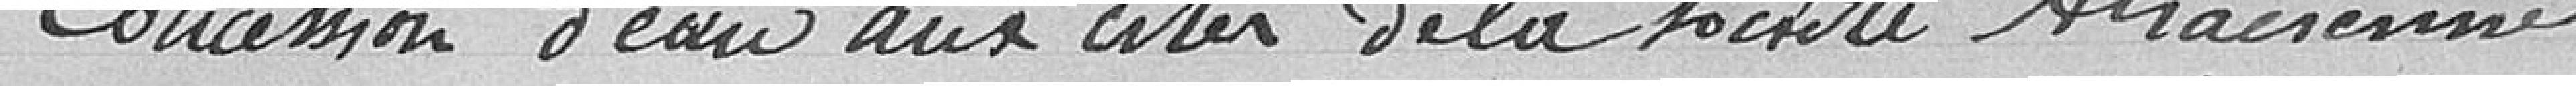
Concession d'eau aux cités de la société alsacienne